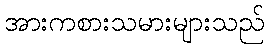
အားကစားသမားများသည်